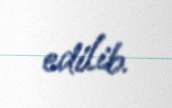
edilib.